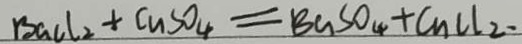
B a C l _ { 2 } + C u S O _ { 4 } = B a S O _ { 4 } + C _ { n } C l _ { 2 } .